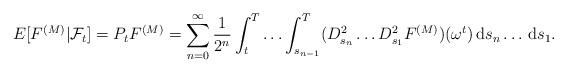
LaTeX: \begin{align*}E[F^{(M)}|\mathcal{F}_{t}]=P_{t}F^{(M)}=\sum_{n=0}^{\infty }\frac{1}{2^{n}}\int_{t}^{T}\ldots\int_{s_{n-1}}^{T}(D_{s_{n}}^{2}\ldots D_{s_{1}}^{2}F^{(M)})(\omega ^{t})\,\mathrm{d}s_{n}\ldots \,\mathrm{d}s_{1}.\end{align*}